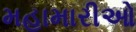
મહામારીઓ